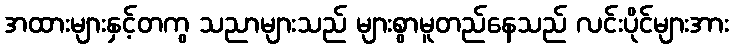
အထားများနှင့်တကွ သညာများသည် များစွာမူတည်နေသည် လင်းပိုင်များအား